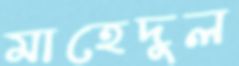
মাহেদুল